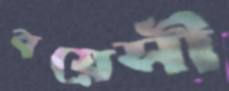
বয়েসী